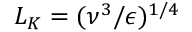
L _ { K } = ( \nu ^ { 3 } / \epsilon ) ^ { 1 / 4 }